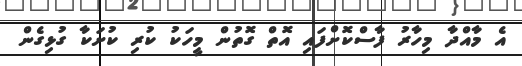
އެ މާއްދާ މިހާރު ފާސްކޮށްފައި އޮތް ގޮތުން މީހަކު ކުރި ކުށަކާ ގުޅިގެން